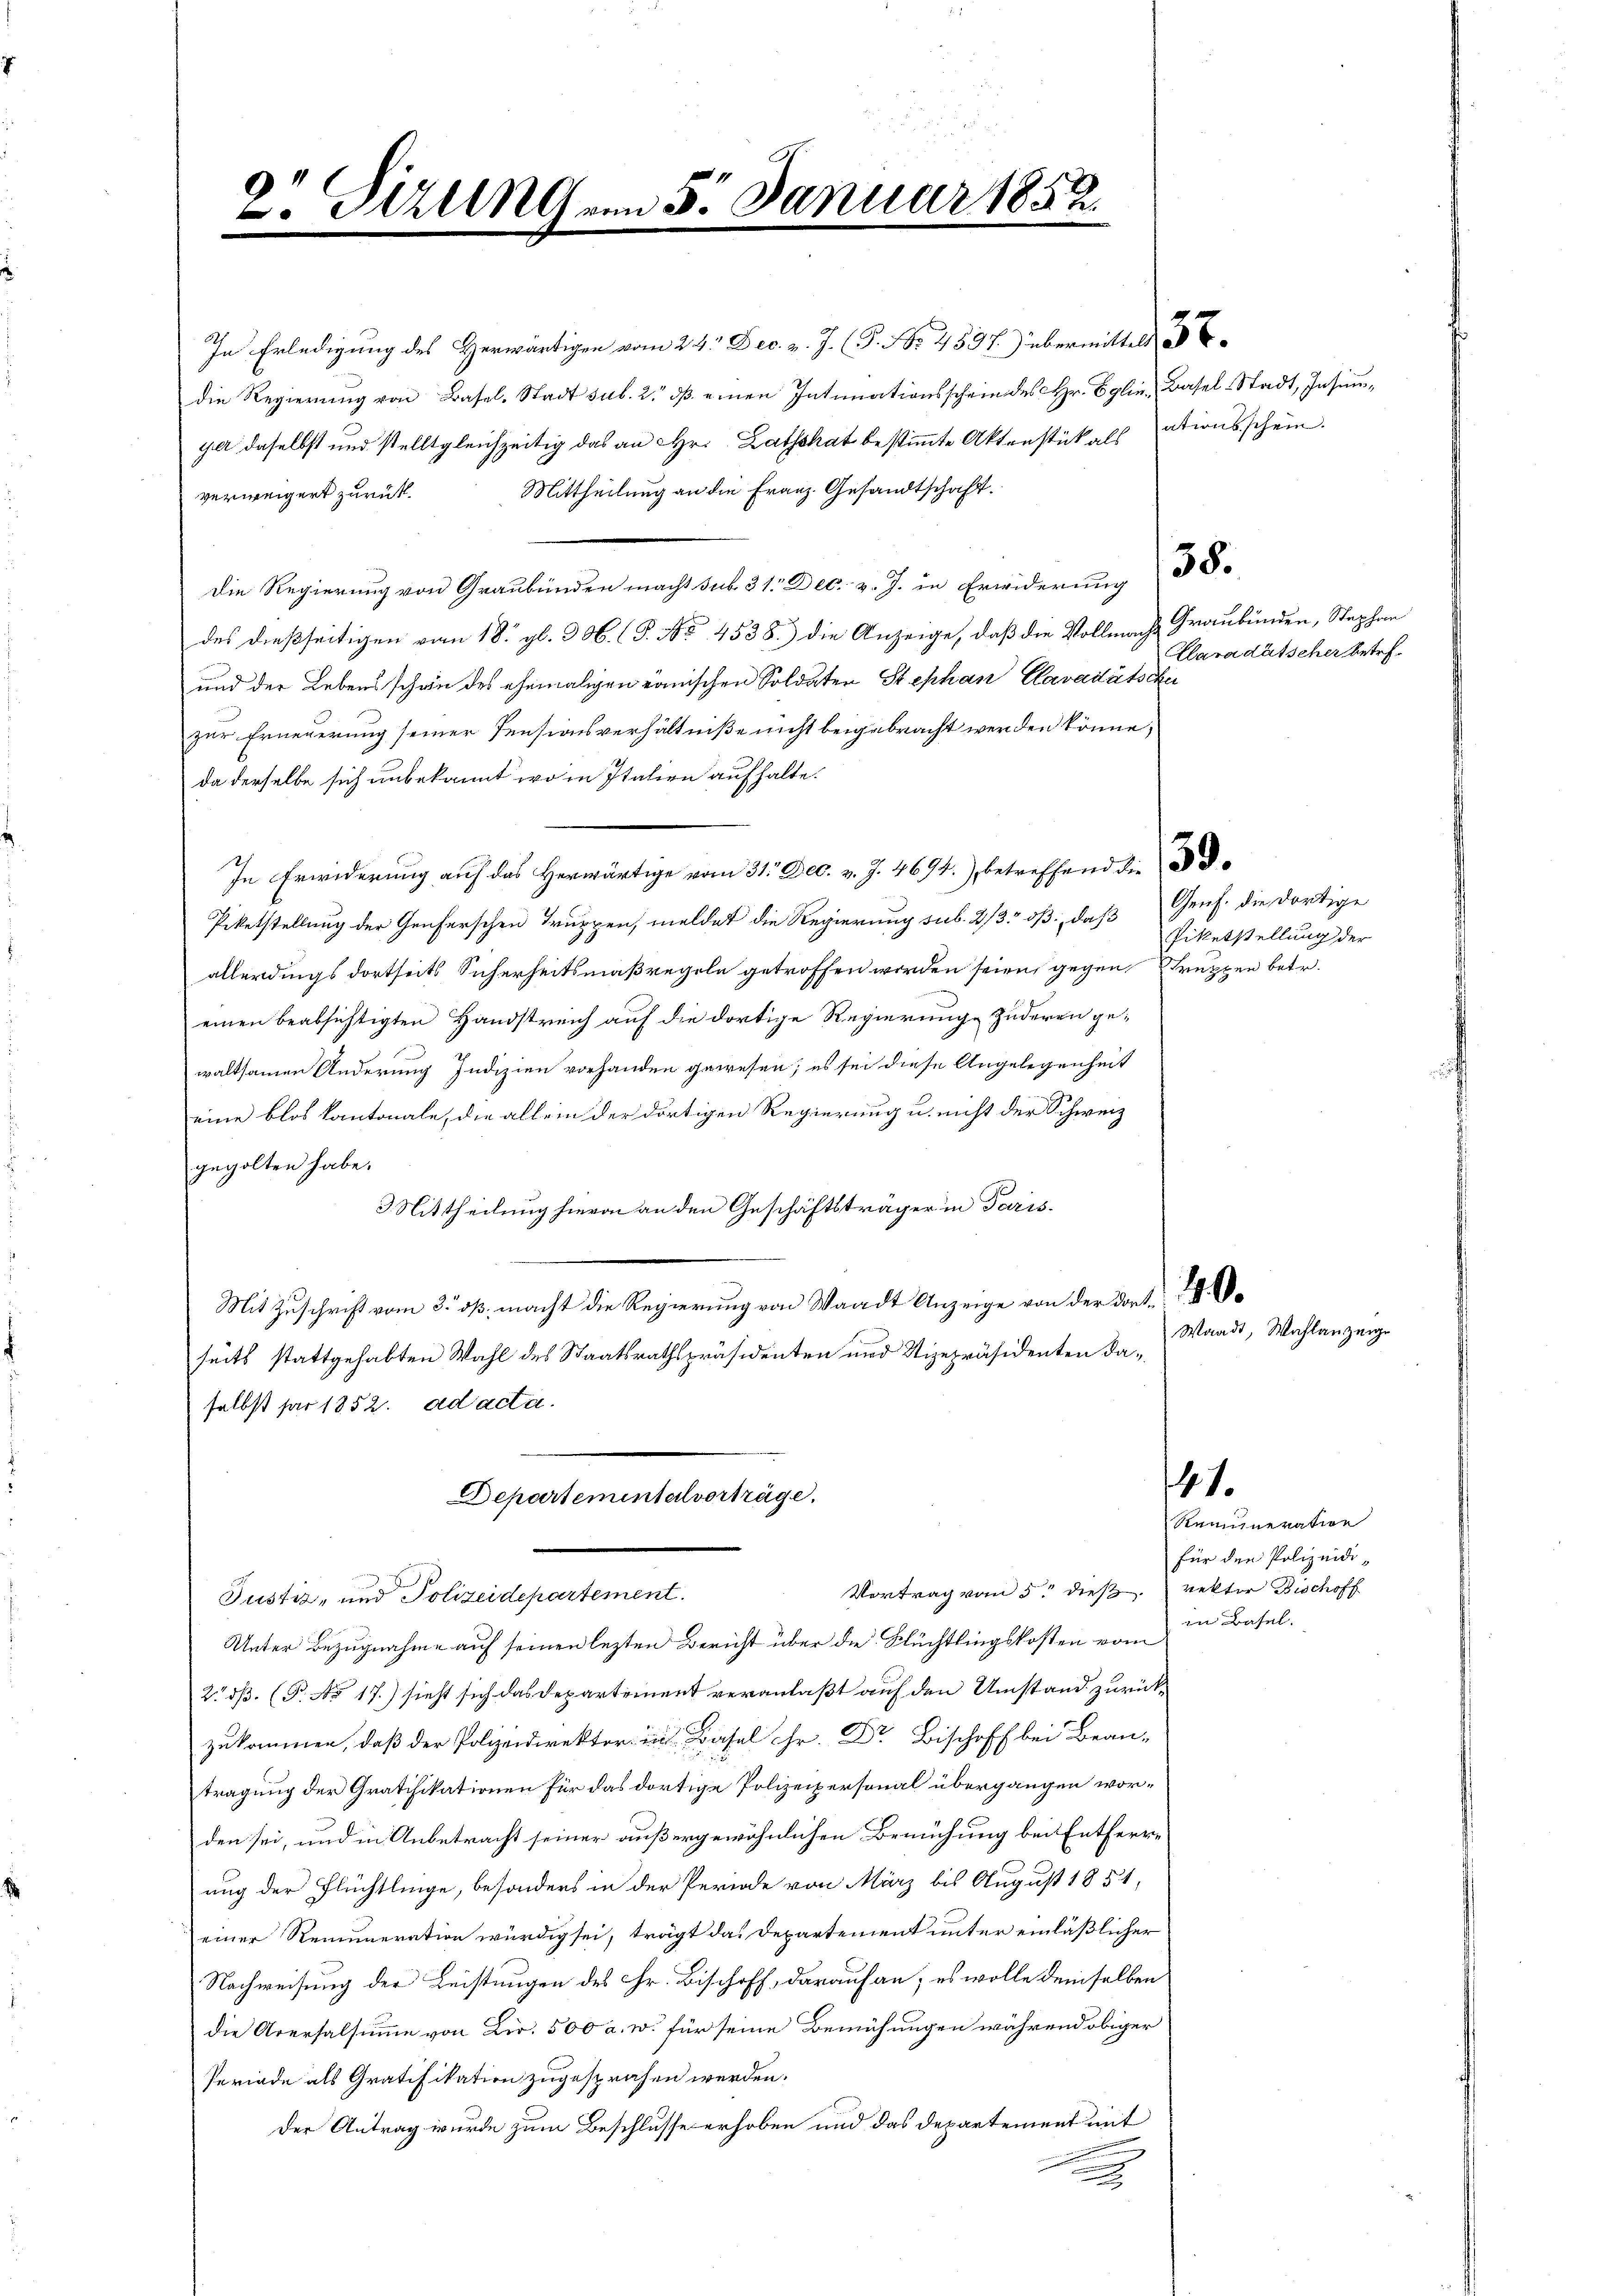
2. Jungen 5. Januar 1852.
.

In Erledigung des Herwärtigen vom 24. Dec. v. J. (T. No 4837) übermittels
die Regierung von Basel-Stadt sub. 2. dß einen Intimationsschrie des Hr. Eglin, Basel-Stadt, Insunger daselbst und stellt gleichzeitig das an Hr. Rathshat bestimmte Aktenstück als ationsschein.
Mittheilung an die Franz. Gesandtschaft.
verweigert zurück.
Die Regierung von Graubünden macht sub 31. Dec. v. J. in Erwiderung
des dießseitigen vom 18. gl. 906. (T. No 4588.) die Anzeige, daß die Vollmache Graubünden, Stephan
und der Lebensschwie des ehemaligen römischen Soldaten Stephan Clavadätsche
zur Erneuerung seiner Pensionsverhältniße nicht beigebracht werden könne,
da derselbe sich unbekannt wo in Italien aufhalte.
In Erwiderung auf das Herwärtige vom 31. Dec. v. J. 4694.) betreffend die
Piketstellung der Genferschen Truppen, meldet die Regierung sub. 2/33 oß: daß Genf. die dortige
allerdings dortseits Sicherheitsmaßregeln getroffen worden seien, gegen Struppen betr.
einen beabsichtigten Handstreich auf die dortige Regierunge Zuderen gewaltsamen Änderung Indizien vorhanden gewesen; es sei diese Angelegenheit
eine blos kantonale, die allein der dortigen Regierung u. nicht der Schweiz
gegolten habe.
3 Mittheilung hievon an den Geschäftsträger in Paris.
Mit Zuschrift vom 2. dß. macht die Regierung von Waadt Anzeige von der dort
seits stattgehabten Wahl des Staatsrathspräsidenten und Vizepräsidenten daselbst par 1852. ad acta.
Departementalverträge.
Vortrag vom 5. dieß rektor Bischoff
Justiz, und Polizeidepartement.
Unter Bezugnahme auf seinen lezten Bericht über die Flüchtlingskosten vom
2. dβ. (T. No 17.) sieht sich das Departement veranlaßt auf den Umstand zurück¬
.
tragung der Gratifikationen für das dortige Polizeipersonal übergangen worden sei, und in Anbetracht seiner außergewöhnlichen Bemühung bei Entherre
ung der Flüchtlinge, besonders in der Periode von März bis August 1851,
einer Remuneration würdig sei, trägt das Departement unter einläßlicher
Nachweisung der Leistungen des Hr. Bischoff, darauf an; es wolle demselben
die Aversalsumme von Dir. 500 a. w. für seine Bemühungen während obiger
Periode als Gratifikation zugesprochen werden.
Der Antrag wurde zum Beschlusse erhoben und das Departement mit
x

35.

Claradatscher betr.

Piketstellung der

Waadt, Wahlanzeige

41.

Remuneration
für den Polizeidiin Basel.